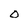
Character: O